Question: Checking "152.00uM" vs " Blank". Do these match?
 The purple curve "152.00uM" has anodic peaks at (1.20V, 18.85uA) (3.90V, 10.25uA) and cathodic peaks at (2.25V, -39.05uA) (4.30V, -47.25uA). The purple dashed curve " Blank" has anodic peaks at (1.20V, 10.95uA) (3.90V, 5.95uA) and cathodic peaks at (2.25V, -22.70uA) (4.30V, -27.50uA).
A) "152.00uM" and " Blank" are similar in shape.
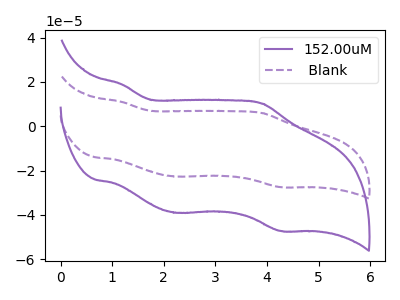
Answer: <think>All the peaks in "152.00uM" have a peak in " Blank" at the same potential. Every peak in "152.00uM" is higher than every peak in " Blank".
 </think>
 <answer>A) "152.00uM" and " Blank" are similar in shape.</answer>
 <eval>A</eval>